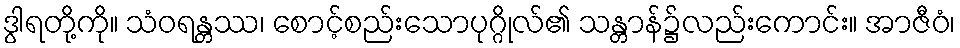
ဒွါရတို့ကို။ သံဝရန္တဿ၊ စောင့်စည်းသောပုဂ္ဂိုလ်၏ သန္တာန်၌လည်းကောင်း။ အာဇီဝံ၊